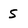
Character: s